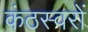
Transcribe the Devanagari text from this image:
कंठस्वरों